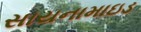
સાયનામાઇડ